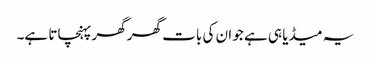
یہ میڈیا ہی ہے جو ان کی بات گھر گھر پہنچاتا ہے۔